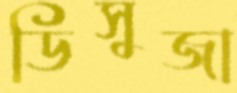
ডিসুজা